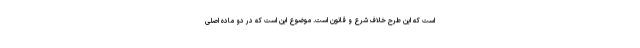
است که این طرح خلاف شرع و قانون است. موضوع این است که در دو ماده اصلی